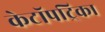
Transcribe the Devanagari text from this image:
केटॉपट्रिका